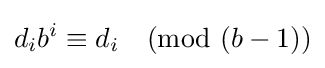
d_{i}b^{i}\equiv d_{i}{\pmod {(b-1)}}